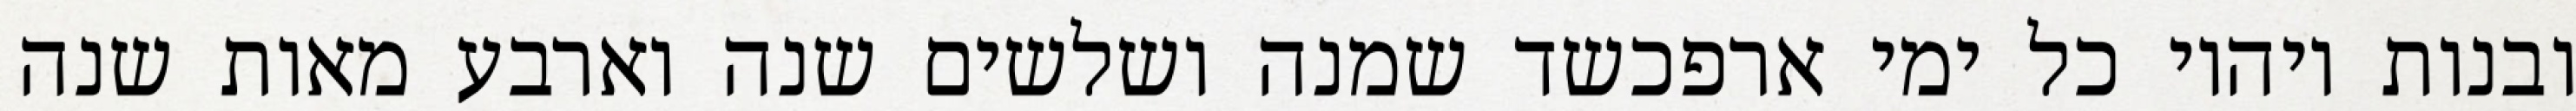
ובנות ויהיו כל ימי ארפכשד שמנה ושלשים שנה וארבע מאות שנה